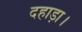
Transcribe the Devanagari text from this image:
दहाड़ा।